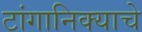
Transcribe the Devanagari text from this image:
टांगानिक्याचे